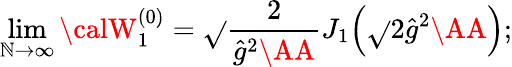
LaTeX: \operatorname*{lim}_{\mathbb{N}\to\infty}{\calW}_{1}^{(0)}=\sqrt{}{{\frac{2}{{\hat{{g}}^{2}\AA}}}}J_{1}\Bigl(\sqrt{}{{2\hat{{g}}^{2}\AA}}\Bigr);